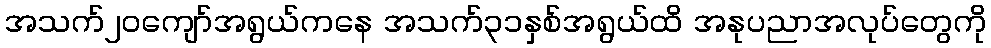
အသက်၂၀ကျော်အရွယ်ကနေ အသက်၃၁နှစ်အရွယ်ထိ အနုပညာအလုပ်တွေကို